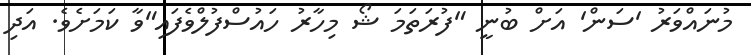
މުނައްވަރު 'ސަން' އަށް ބުނީ "ފުރަތަަމަ ޝޯ މިހާރު ހައުސްފުލްވެފައި"ވާ ކަމަށެވެ. އަދި